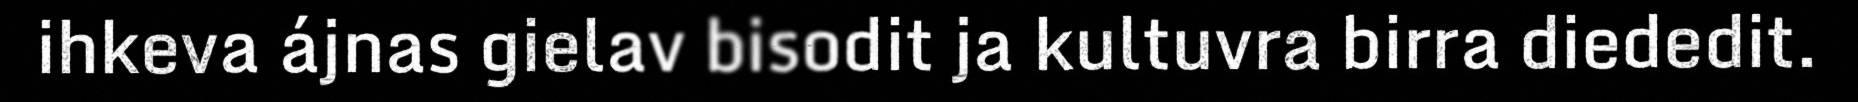
ihkeva ájnas gielav bisodit ja kultuvra birra diededit.